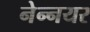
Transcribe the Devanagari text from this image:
नेन्नयर